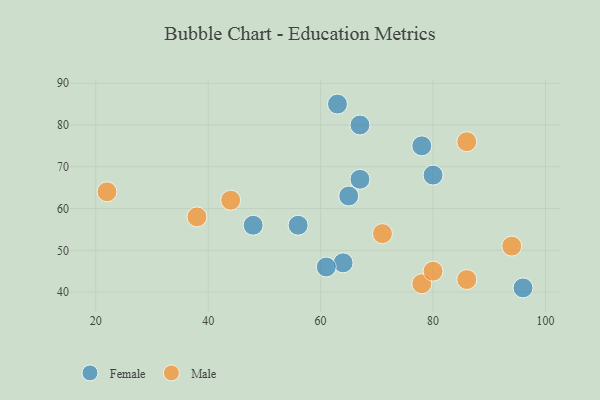
{"axis": {"x": "GDP", "y": "Life Expectancy"}, "legend": ["Female", "Male"], "data": [{"x": "78", "y": 75, "type": "Female"}, {"x": "65", "y": 63, "type": "Female"}, {"x": "80", "y": 68, "type": "Female"}, {"x": "56", "y": 56, "type": "Female"}, {"x": "64", "y": 47, "type": "Female"}, {"x": "67", "y": 67, "type": "Female"}, {"x": "48", "y": 56, "type": "Female"}, {"x": "96", "y": 41, "type": "Female"}, {"x": "61", "y": 46, "type": "Female"}, {"x": "67", "y": 80, "type": "Female"}, {"x": "63", "y": 85, "type": "Female"}, {"x": "86", "y": 76, "type": "Male"}, {"x": "86", "y": 43, "type": "Male"}, {"x": "44", "y": 62, "type": "Male"}, {"x": "78", "y": 42, "type": "Male"}, {"x": "71", "y": 54, "type": "Male"}, {"x": "22", "y": 64, "type": "Male"}, {"x": "38", "y": 58, "type": "Male"}, {"x": "94", "y": 51, "type": "Male"}, {"x": "80", "y": 45, "type": "Male"}]}